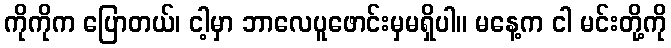
ကိုကိုက ပြောတယ်၊ ငါ့မှာ ဘာလေပူဖောင်းမှမရှိပါ။ မနေ့က ငါ မင်းတို့ကို